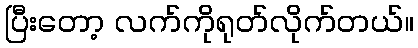
ပြီးတော့ လက်ကိုရုတ်လိုက်တယ်။